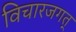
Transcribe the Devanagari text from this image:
विचारजगत्‌